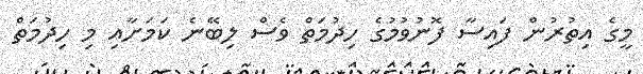
މީގެ އިތުރުން ފައިސާ ފޮނުވުމުގެ ހިދުމަތް ވެސް ލިބޭނެ ކަމަށާއި މި ހިދުމަތް